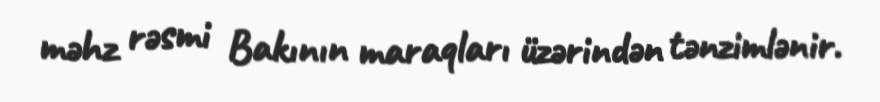
məhz rəsmi Bakının maraqları üzərindən tənzimlənir.